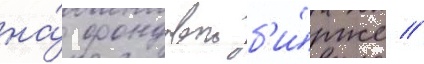
на́ фондовои б'и́рже //